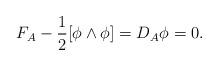
LaTeX: \begin{align*}F_A-\frac{1}{2}[\phi\wedge\phi]=D_A\phi=0.\end{align*}